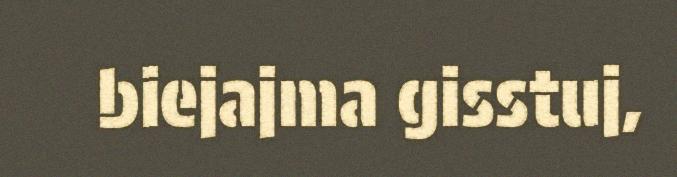
biejajma gisstuj,